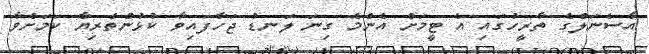
އާސެނަލްގެ ތާރީހުގައި އެ ޓީމަށް އެންމެ ގިނަ ލަނޑު ޖަހާފައިވާ ކުޅުންތެރިޔާ ކަމަށްވާ